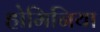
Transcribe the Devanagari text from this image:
होमिनिया